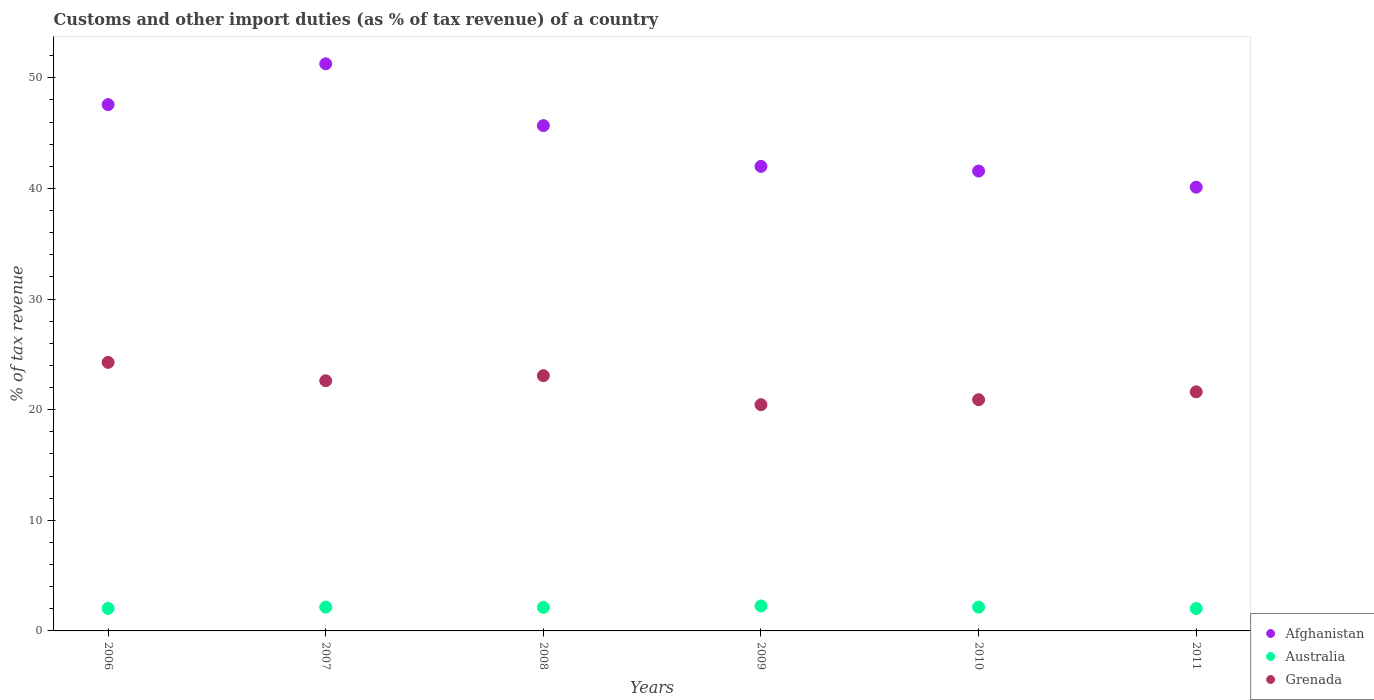
| Years | Afghanistan | Australia | Grenada |
 | --- | --- | --- | --- |
 | 2006 | 47.6 | 2.03 | 24.3 |
 | 2007 | 51.3 | 2.15 | 22.6 |
 | 2008 | 45.7 | 2.12 | 23.1 |
 | 2009 | 42 | 2.26 | 20.5 |
 | 2010 | 41.6 | 2.15 | 20.9 |
 | 2011 | 40.1 | 2.02 | 21.6 |